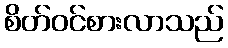
စိတ်ဝင်စားလာသည်